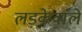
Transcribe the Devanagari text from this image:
लड़केवाले